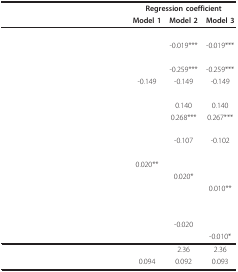
<table><thead><tr><td>[EMPTY_CELL]</td><td colspan="3"><b>Regression coefficient</b></td></tr><tr><td>[EMPTY_CELL]</td><td><b>Model 1</b></td><td><b>Model 2</b></td><td><b>Model 3</b></td></tr></thead><tbody><tr><td>[EMPTY_CELL]</td><td>[EMPTY_CELL]</td><td>[EMPTY_CELL]</td><td>[EMPTY_CELL]</td></tr><tr><td>[EMPTY_CELL]</td><td>[EMPTY_CELL]</td><td>-0.019***</td><td>-0.019***</td></tr><tr><td>[EMPTY_CELL]</td><td>[EMPTY_CELL]</td><td>[EMPTY_CELL]</td><td>[EMPTY_CELL]</td></tr><tr><td>[EMPTY_CELL]</td><td>[EMPTY_CELL]</td><td>-0.259***</td><td>-0.259***</td></tr><tr><td>[EMPTY_CELL]</td><td>-0.149</td><td>-0.149</td><td>-0.149</td></tr><tr><td>[EMPTY_CELL]</td><td>[EMPTY_CELL]</td><td>[EMPTY_CELL]</td><td>[EMPTY_CELL]</td></tr><tr><td>[EMPTY_CELL]</td><td>[EMPTY_CELL]</td><td>0.140</td><td>0.140</td></tr><tr><td>[EMPTY_CELL]</td><td>[EMPTY_CELL]</td><td>0.268***</td><td>0.267***</td></tr><tr><td>[EMPTY_CELL]</td><td>[EMPTY_CELL]</td><td>[EMPTY_CELL]</td><td>[EMPTY_CELL]</td></tr><tr><td>[EMPTY_CELL]</td><td>[EMPTY_CELL]</td><td>-0.107</td><td>-0.102</td></tr><tr><td>[EMPTY_CELL]</td><td>[EMPTY_CELL]</td><td>[EMPTY_CELL]</td><td>[EMPTY_CELL]</td></tr><tr><td>[EMPTY_CELL]</td><td>0.020**</td><td>[EMPTY_CELL]</td><td>[EMPTY_CELL]</td></tr><tr><td>[EMPTY_CELL]</td><td>[EMPTY_CELL]</td><td>0.020*</td><td>[EMPTY_CELL]</td></tr><tr><td>[EMPTY_CELL]</td><td>[EMPTY_CELL]</td><td>[EMPTY_CELL]</td><td>0.010**</td></tr><tr><td colspan="2">[EMPTY_CELL]</td><td>[EMPTY_CELL]</td><td>[EMPTY_CELL]</td></tr><tr><td>[EMPTY_CELL]</td><td>[EMPTY_CELL]</td><td>[EMPTY_CELL]</td><td>[EMPTY_CELL]</td></tr><tr><td>[EMPTY_CELL]</td><td>[EMPTY_CELL]</td><td>-0.020</td><td>[EMPTY_CELL]</td></tr><tr><td>[EMPTY_CELL]</td><td>[EMPTY_CELL]</td><td>[EMPTY_CELL]</td><td>-0.010*</td></tr><tr><td>[EMPTY_CELL]</td><td>[EMPTY_CELL]</td><td>2.36</td><td>2.36</td></tr><tr><td>[EMPTY_CELL]</td><td>0.094</td><td>0.092</td><td>0.093</td></tr></tbody></table>